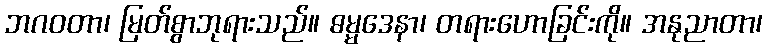
ဘဂဝတာ၊ မြတ်စွာဘုရားသည်။ ဓမ္မဒေနာ၊ တရားဟောခြင်းကို။ အနုညာတာ၊